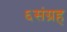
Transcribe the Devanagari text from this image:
६संग्रह